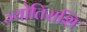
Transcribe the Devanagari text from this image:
ज्योतिराशि